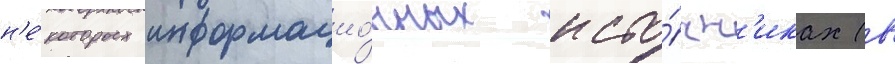
н'е́которых информацио́нных исто́чн'иках (в